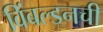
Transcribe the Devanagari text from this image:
विंबल्डनची